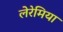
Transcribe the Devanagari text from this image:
लेरेमिया